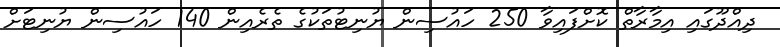
ދިއްދޫގައި އިމާރާތް ކޮށްފައިވާ 250 ހައުސިން ޔުނިޓުތަކުގެ ތެރެއިން 140 ހައުސިން ޔުނިޓަށް